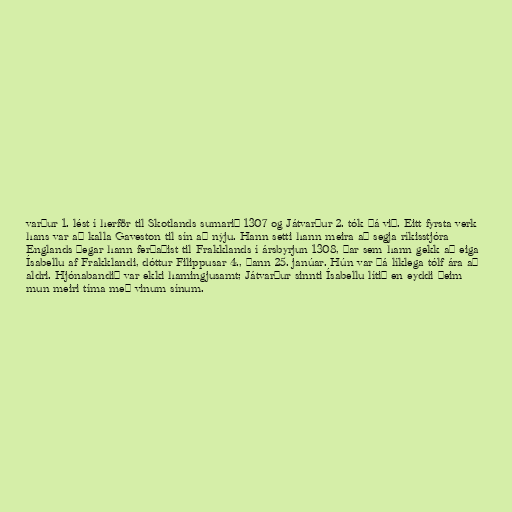
varður 1. lést í herför til Skotlands sumarið 1307 og Játvarður 2. tók þá við. Eitt fyrsta verk
hans var að kalla Gaveston til sín að nýju. Hann setti hann meira að segja ríkisstjóra
Englands þegar hann ferðaðist til Frakklands í ársbyrjun 1308, þar sem hann gekk að eiga
Ísabellu af Frakklandi, dóttur Filippusar 4., þann 25. janúar. Hún var þá líklega tólf ára að
aldri. Hjónabandið var ekki hamingjusamt; Játvarður sinnti Ísabellu lítið en eyddi þeim
mun meiri tíma með vinum sínum.